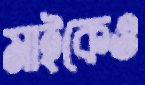
মাইকেও